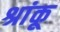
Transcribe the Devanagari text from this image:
श्रांकू